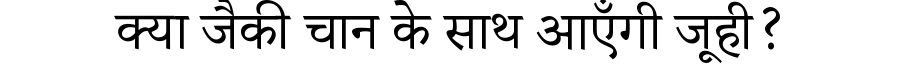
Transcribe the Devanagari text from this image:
क्या जैकी चान के साथ आएँगी जूही?